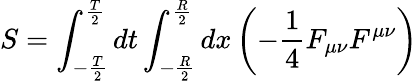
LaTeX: S=\int_{-{\frac{T}{2}}}^{{\frac{T}{2}}}dt\int_{-{\frac{R}{2}}}^{{\frac{R}{2}}}dx\left(-{\frac{1}{4}}F_{\mu\nu}F^{\mu\nu}\right)